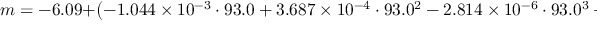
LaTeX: m = - 6 . 0 9 + \left( - 1 . 0 4 4 \times 1 0 ^ { - 3 } \cdot 9 3 . 0 + 3 . 6 8 7 \times 1 0 ^ { - 4 } \cdot 9 3 . 0 ^ { 2 } - 2 . 8 1 4 \times 1 0 ^ { - 6 } \cdot 9 3 . 0 ^ { 3 } + 8 . 9 3 8 \times 1 0 ^ { - 9 } \cdot 9 3 . 0 ^ { 4 } \right) = - 4 . 5 9 .